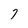
Character: 7